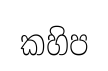
කහිප